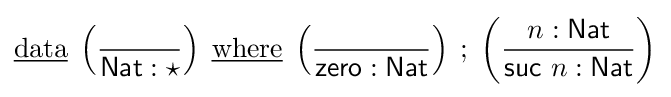
{\underline {\mathrm {data} }}\;\left({\frac {}{{\mathsf {Nat}}:\star }}\right)\;{\underline {\mathrm {where} }}\;\left({\frac {}{{\mathsf {zero}}:{\mathsf {Nat}}}}\right)\;;\;\left({\frac {n:{\mathsf {Nat}}}{{\mathsf {suc}}\ n:{\mathsf {Nat}}}}\right)